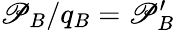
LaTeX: \mathscr{P}_{B}/q_{B}=\mathscr{P}_{B}^{\prime}